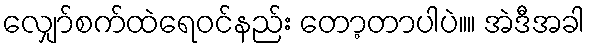
လျှော်စက်ထဲရေ၀င်နည်း တော့တာပါပဲ။။ အဲဒီအခါ